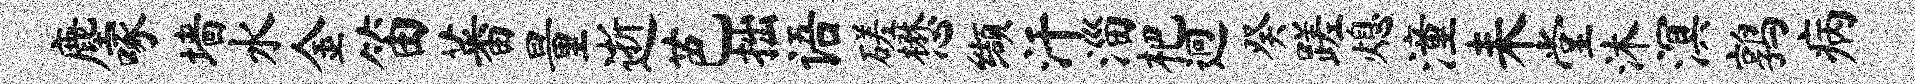
麈啄墙水金笛蕃量逝芭拙语磋懋缬汗淄杷迥癸蹉熄潼耒堂沐溟鹑病